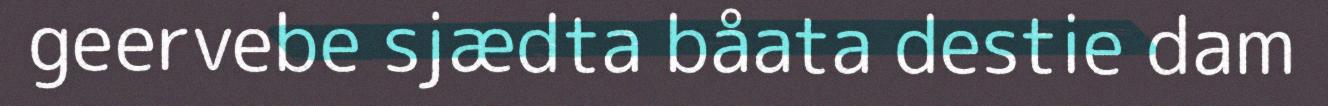
geervebe sjædta båata destie dam